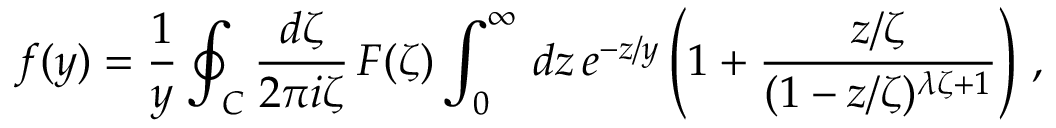
f ( y ) = { \frac { 1 } { y } } \oint _ { C } { \frac { d \zeta } { 2 \pi i \zeta } } \, { \cal F } ( \zeta ) \int _ { 0 } ^ { \infty } \, d z \, e ^ { - z / y } \left( 1 + { \frac { z / \zeta } { ( 1 - z / \zeta ) ^ { \lambda \zeta + 1 } } } \right) \, ,